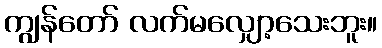
ကျွန်တော် လက်မလျှော့သေးဘူး။